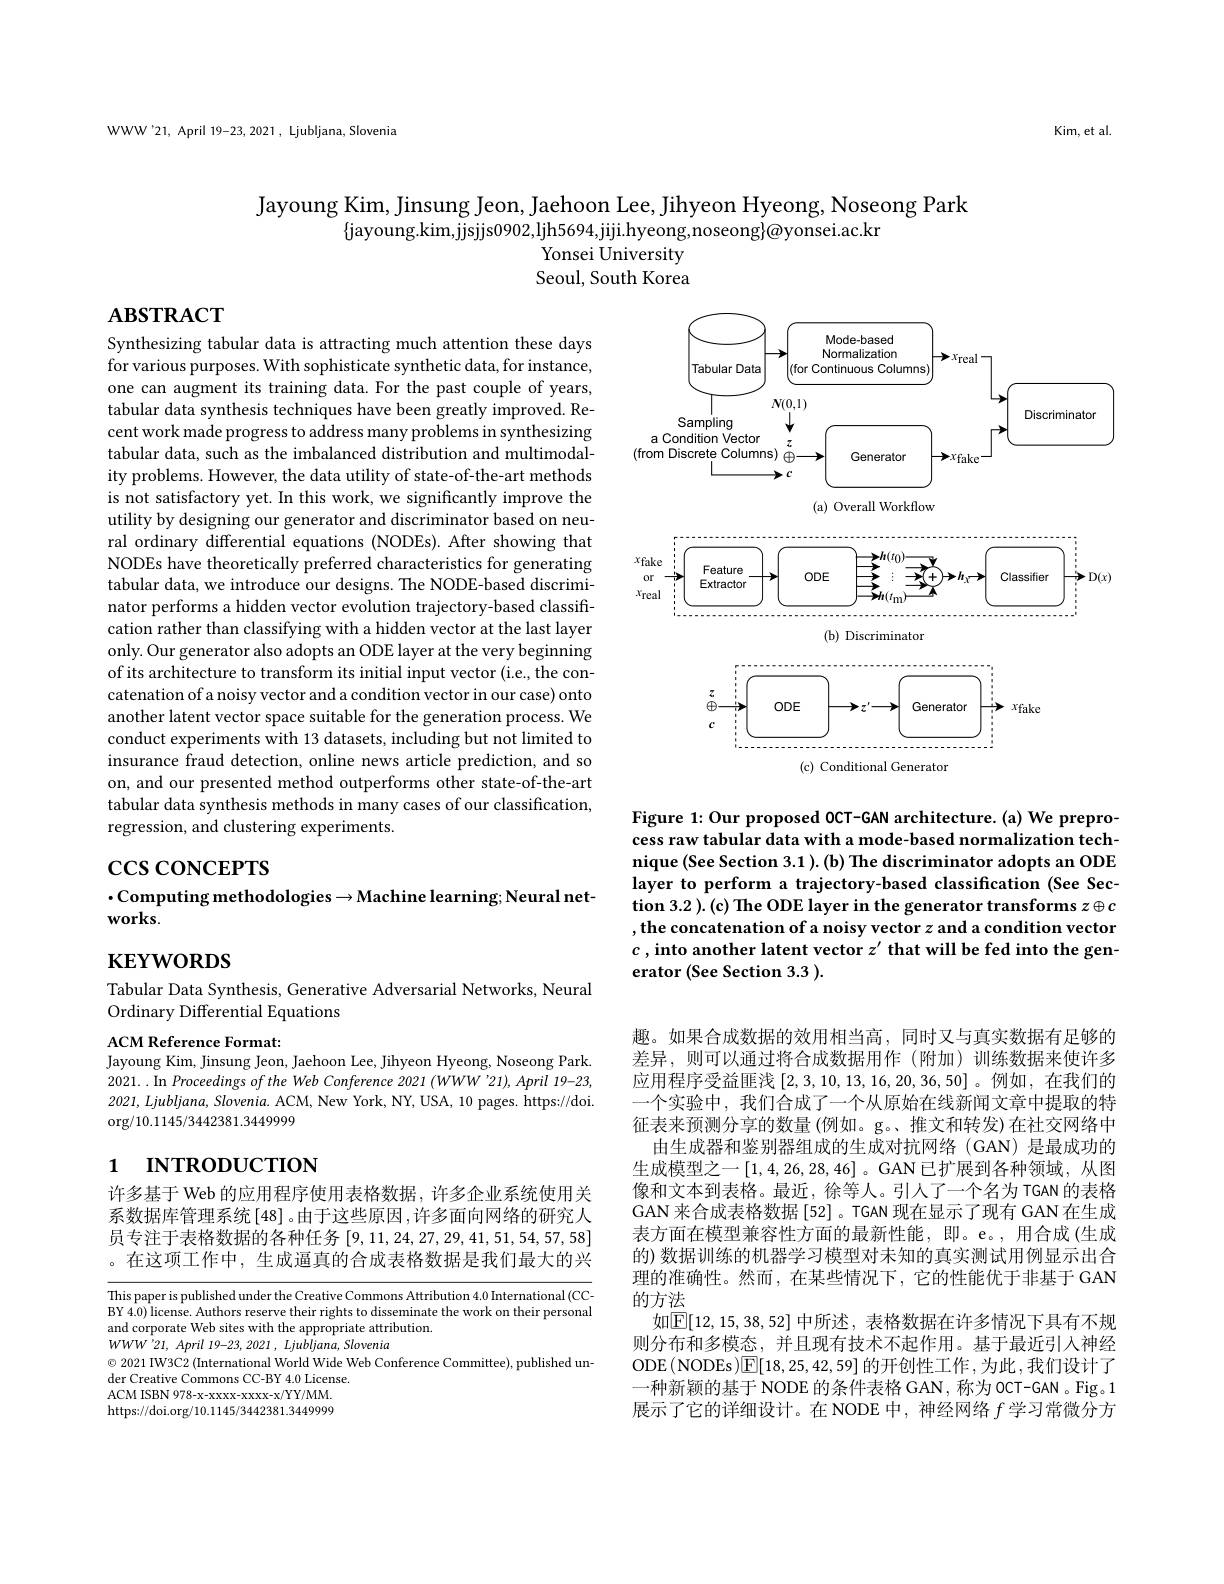
WWW'21, April 19-23, 2021, Ljubljana, Slovenia

Kim, et al

Jayoung Kim, Jinsung Jeon, Jaehoon Lee, Jihyeon Hyeong, Noseong Park
$\{$jayoung.kim,jjsjjs0902,ljh5694,jiji.hyeong,noseong$\}\bar{@}$yonsei.ac.kr
# Yonsei University Seoul, South Korea

# ABSTRACT

Synthesizing tabular data is attracting much attention these days for various purposes. With sophisticate synthetic data, for instance, one can augment its training data. For the past couple of years, tabular data synthesis techniques have been greatly improved. Recent work made progress to address many problems in synthesizing tabular data, such as the imbalanced distribution and multimodality problems. However, the data utility of state-of-the-art methods is not satisfactory yet. In this work, we significantly improve the utility by designing our generator and discriminator based on neural ordinary differential equations (NODEs). After showing that NODEs have theoretically preferred characteristics for generating tabular data, we introduce our designs. The NODE-based discriminator performs a hidden vector evolution trajectory-based classification rather than classifying with a hidden vector at the last layer only. Our generator also adopts an ODE layer at the very beginning of its architecture to transform its initial input vector (i.e., the concatenation of a noisy vector and a condition vector in our case) onto another latent vector space suitable for the generation process. We conduct experiments with 13 datasets, including but not limited to insurance fraud detection, online news article prediction, and so on, and our presented method outperforms other state-of-the-art tabular data synthesis methods in many cases of our classification, regression, and clustering experiments.

# $\csc\cos$coNCEPTS
$\cdot$Computing methodologies$\to$Machine learning; Neural net-
## $\mathbf{works}.$

$\mathbf{KEYWORDS}$

Tabular Data Synthesis, Generative Adversarial Networks, Neural
Ordinary Differential Equations

ACM Reference Format:
Jayoung Kim, Jinsung Jeon, Jaehoon Lee, Jihyeon Hyeong, Noseong Park. 2021. . In Proceedings of the Web Conference 2021 (WWW '21), April 19-23, 2021, Ljubljana, Slovenia. ACM, New York, NY, USA, 10 pages. https://doi. $\operatorname{org/10.1145/3442381.3449999}$

# 1 пткористıon

许多基于 Web 的应用程序使用表格数据，许多企业系统使用关系数据库管理系统[48]。由于这些原因 ,许多面向网络的研究人员专注于表格数据的各种任务[9,11,24,27,29,41,51,54,57,58] 。在这项工作中，生成逼真的合成表格数据是我们最大的兴

This paper is published under the Creative Commons Attribution 4.0 International (CC-) BY 4.0) license. Authors reserve their rights to disseminate the work on their personal and corporate Web sites with the appropriate attribution.
$WWW^{^{\prime }}21$, April 19-23, 2021, $Ljubljana$, Slovenia
$\odot$ 2021 IW3C2 (International World Wide Web Conference Committee), published un-
der Creative Commons CC-BY 4.0 License ACM ISBN 978-x-xxxx-xxx-x/YY/MM. https://doi.org/10.1145/3442381.344999

<FigureHere>

Figure 1: Our proposed OCT-GAN architecture.(a) We preprocess raw tabular data with a mode-based normalization technique (See Section 3.1). (b) The discriminator adopts an ODE layer to perform a trajectory-based classification (See Section 3.2 ). (c) The ODE layer in the generator transforms $z\oplus c$ , the concatenation of a noisy vector $z$ and a condition vector $c$ , into another latent vector $z^\prime \textbf{ that will be fed into the gen- }$ erator (See Section 3.3 ).

趣。如果合成数据的效用相当高，同时又与真实数据有足够的差异，则可以通过将合成数据用作(附加)训练数据来使许多应用程序受益匪浅[2,3,10,13,16,20,36,50] 。例如，在我们的一个实验中，我们合成了一个从原始在线新闻文章中提取的特征表来预测分享的数量(例如。g。、推文和转发)在社交网络中
由生成器和鉴别器组成的生成对抗网络(GAN)是最成功的生成模型之一[1,4,26,28,46]。GAN已扩展到各种领域，从图像和文本到表格。最近，徐等人。引人了一个名为 TGAN 的表格GAN 来合成表格数据 [52] 。TGAN 现在显示了现有 GAN 在生成表方面在模型兼容性方面的最新性能，即。e。,用合成(生成的) 数据训练的机器学习模型对未知的真实测试用例显示出合理的准确性。然而，在某些情况下，它的性能优于非基于GAN 的方法
如$\boxed{\mathbb{E}}[12,15,38,52]$ 中所述，表格数据在许多情况下具有不规则分布和多模态，并且现有技术不起作用。基于最近引人神经ODE$\left(\mathrm{NODEs}\right)\boxed{\mathrm{E}}[18,25,42,59]$ 的开创性工作，为此，我们设计了一种新颖的基于 NODE 的条件表格 GAN, 称为 OCT-GAN 。Fig。1展示了它的详细设计。在 NODE 中，神经网络$f$学习常微分方